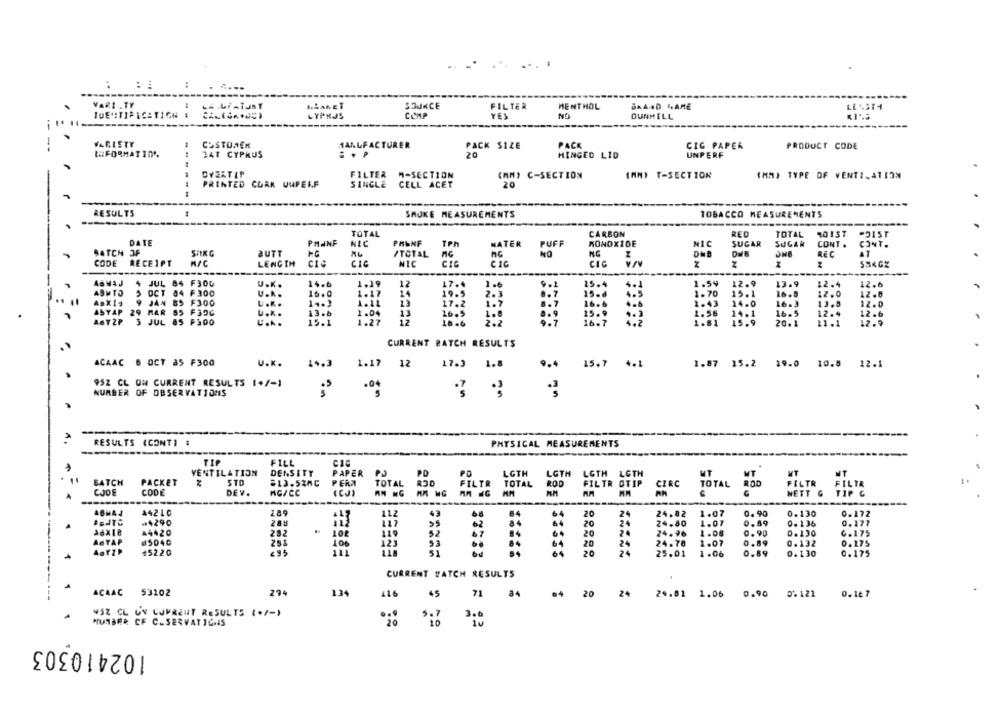
: :
VARI _TY
thanET
SOURCE
FILTER
MENTHOL
BRAND NAME
LES214
TUE ITIFICATION #
LYPRJS
COMP
YES
NO
DUNHILL
WARLETY
CUSTOMER
1ALLFACTURER
PACK SIZE
PACK
CIG PAPER
PRODUCT CODE
REFORMATION
34T CYPRUS
20
HINGED LID
UNPERF
OVERTIP
FILTER M-SECTION
(MM) C-SECTION
(MN) T-SECTION
(MM) TYPE OF VENTILATION
PRINTED COAK UUPERF
SINGLE CELL ACET
20
---
RESULTS
SMOKE MEASUREMENTS
TOBACCO MEASUREMENTS
TOTAL
CARBON
RED
TOTAL MOIST
POIST
DATE
PMINF
NIC
PAGNF
TPh
PUFF
MONOXIDE
NIC
SUGAR
SUGAR
CONT .
MATER
CONT.
BATCH OF
BUTT
/TOTAL
NO
N.C
DHD
REC
AT
CODE
RECEIPT
A/C
LENGTH
CIC
NIC
CIC
CIC
Z
SSKGX
-----
----
--
----
48MAJ
4 JUL 84
F300
U.K.
14.6
1.19
12
17.4
1.6
9.1
15.4
4.1
1.59
12.9
13.9
12.4
12.6
ABWTO
5 OCT 04 F300
U.K.
16.0
14
19.5
2.3
15-d
1.70
15.1
16.5
12.0
12.8
1.11
17.2
1-7
4.5
9 JAN 85 F300
1 .. 3
8.7
16.6
1.43
14.0
16.3
13.5
12.0
ASYAP
29 MAR
55 F39C
13.b
1.04
11
16.5
8.9
15.9
1.3
1.56
14.1
16.5
12.4
12 .6
ASTZP
3 JUL 85
L.A.
15.1
1.27
12
2.2
..
16.7
4.2
1.81
15.9
20. 1
11.1
12.9
CURRENT BATCH RESULTS
ACAAC 6 OCT à5 F300
U.K.
14.3
1.17 12
17.3
1.8
9.4
15.7 4.1
1.87 15.2 19.0 10.8 12.1
952 CL ON CURRENT RESULTS (+/-1
NUMBER OF OBSERVATIONS
RESULTS (CONTI #
PHYSICAL MEASUREMENTS
TIP
FILL
VENTILATION
DENSITY
PD
PO
LGTH
LGTH
LOTH
WT
WT
MT
PAPER
PJ
LGTH
MT
BATCH
PACKET
STO
813.5ZAC
PERM
TOTAL
FILTR
TOTAL
ROD
FILTR OTIP
CIRC
TOTAL
ROD
FILTR
FILTR
CJOF
CODE
DEV.
MG/CC
(CJ)
AM NG
G
NETT &
TIP G
---
A42LC
289
112
43
84
64
20
24
24.82
1.07
0.90
0.130
0.172
BENTO
-4290
24
1.07
0.89
0.17?
117
62
20
24.80
0.136
44420
282
52
67
..
20
24
24.76
1.06
0.90
0.130
6.175
ASTAP
₫5040
106
123
53
20
24
24.70
1.07
0.89
0.132
0.175
ABTZD
45220
20
24
25.01
1.06
0.89
0.130
0.175
CURRENT PATCH RESULTS
1
ACAAC 53202
294
1.24
116
45
71
84
20
24
24.81 1.06 0.90
5.121
0.1€ 7
45% CL UN CURRENT RESULTS (./-)
HUSBER CF C.SERVATIONS
102410303